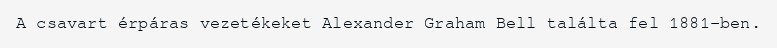
A csavart érpáras vezetékeket Alexander Graham Bell találta fel 1881-ben.